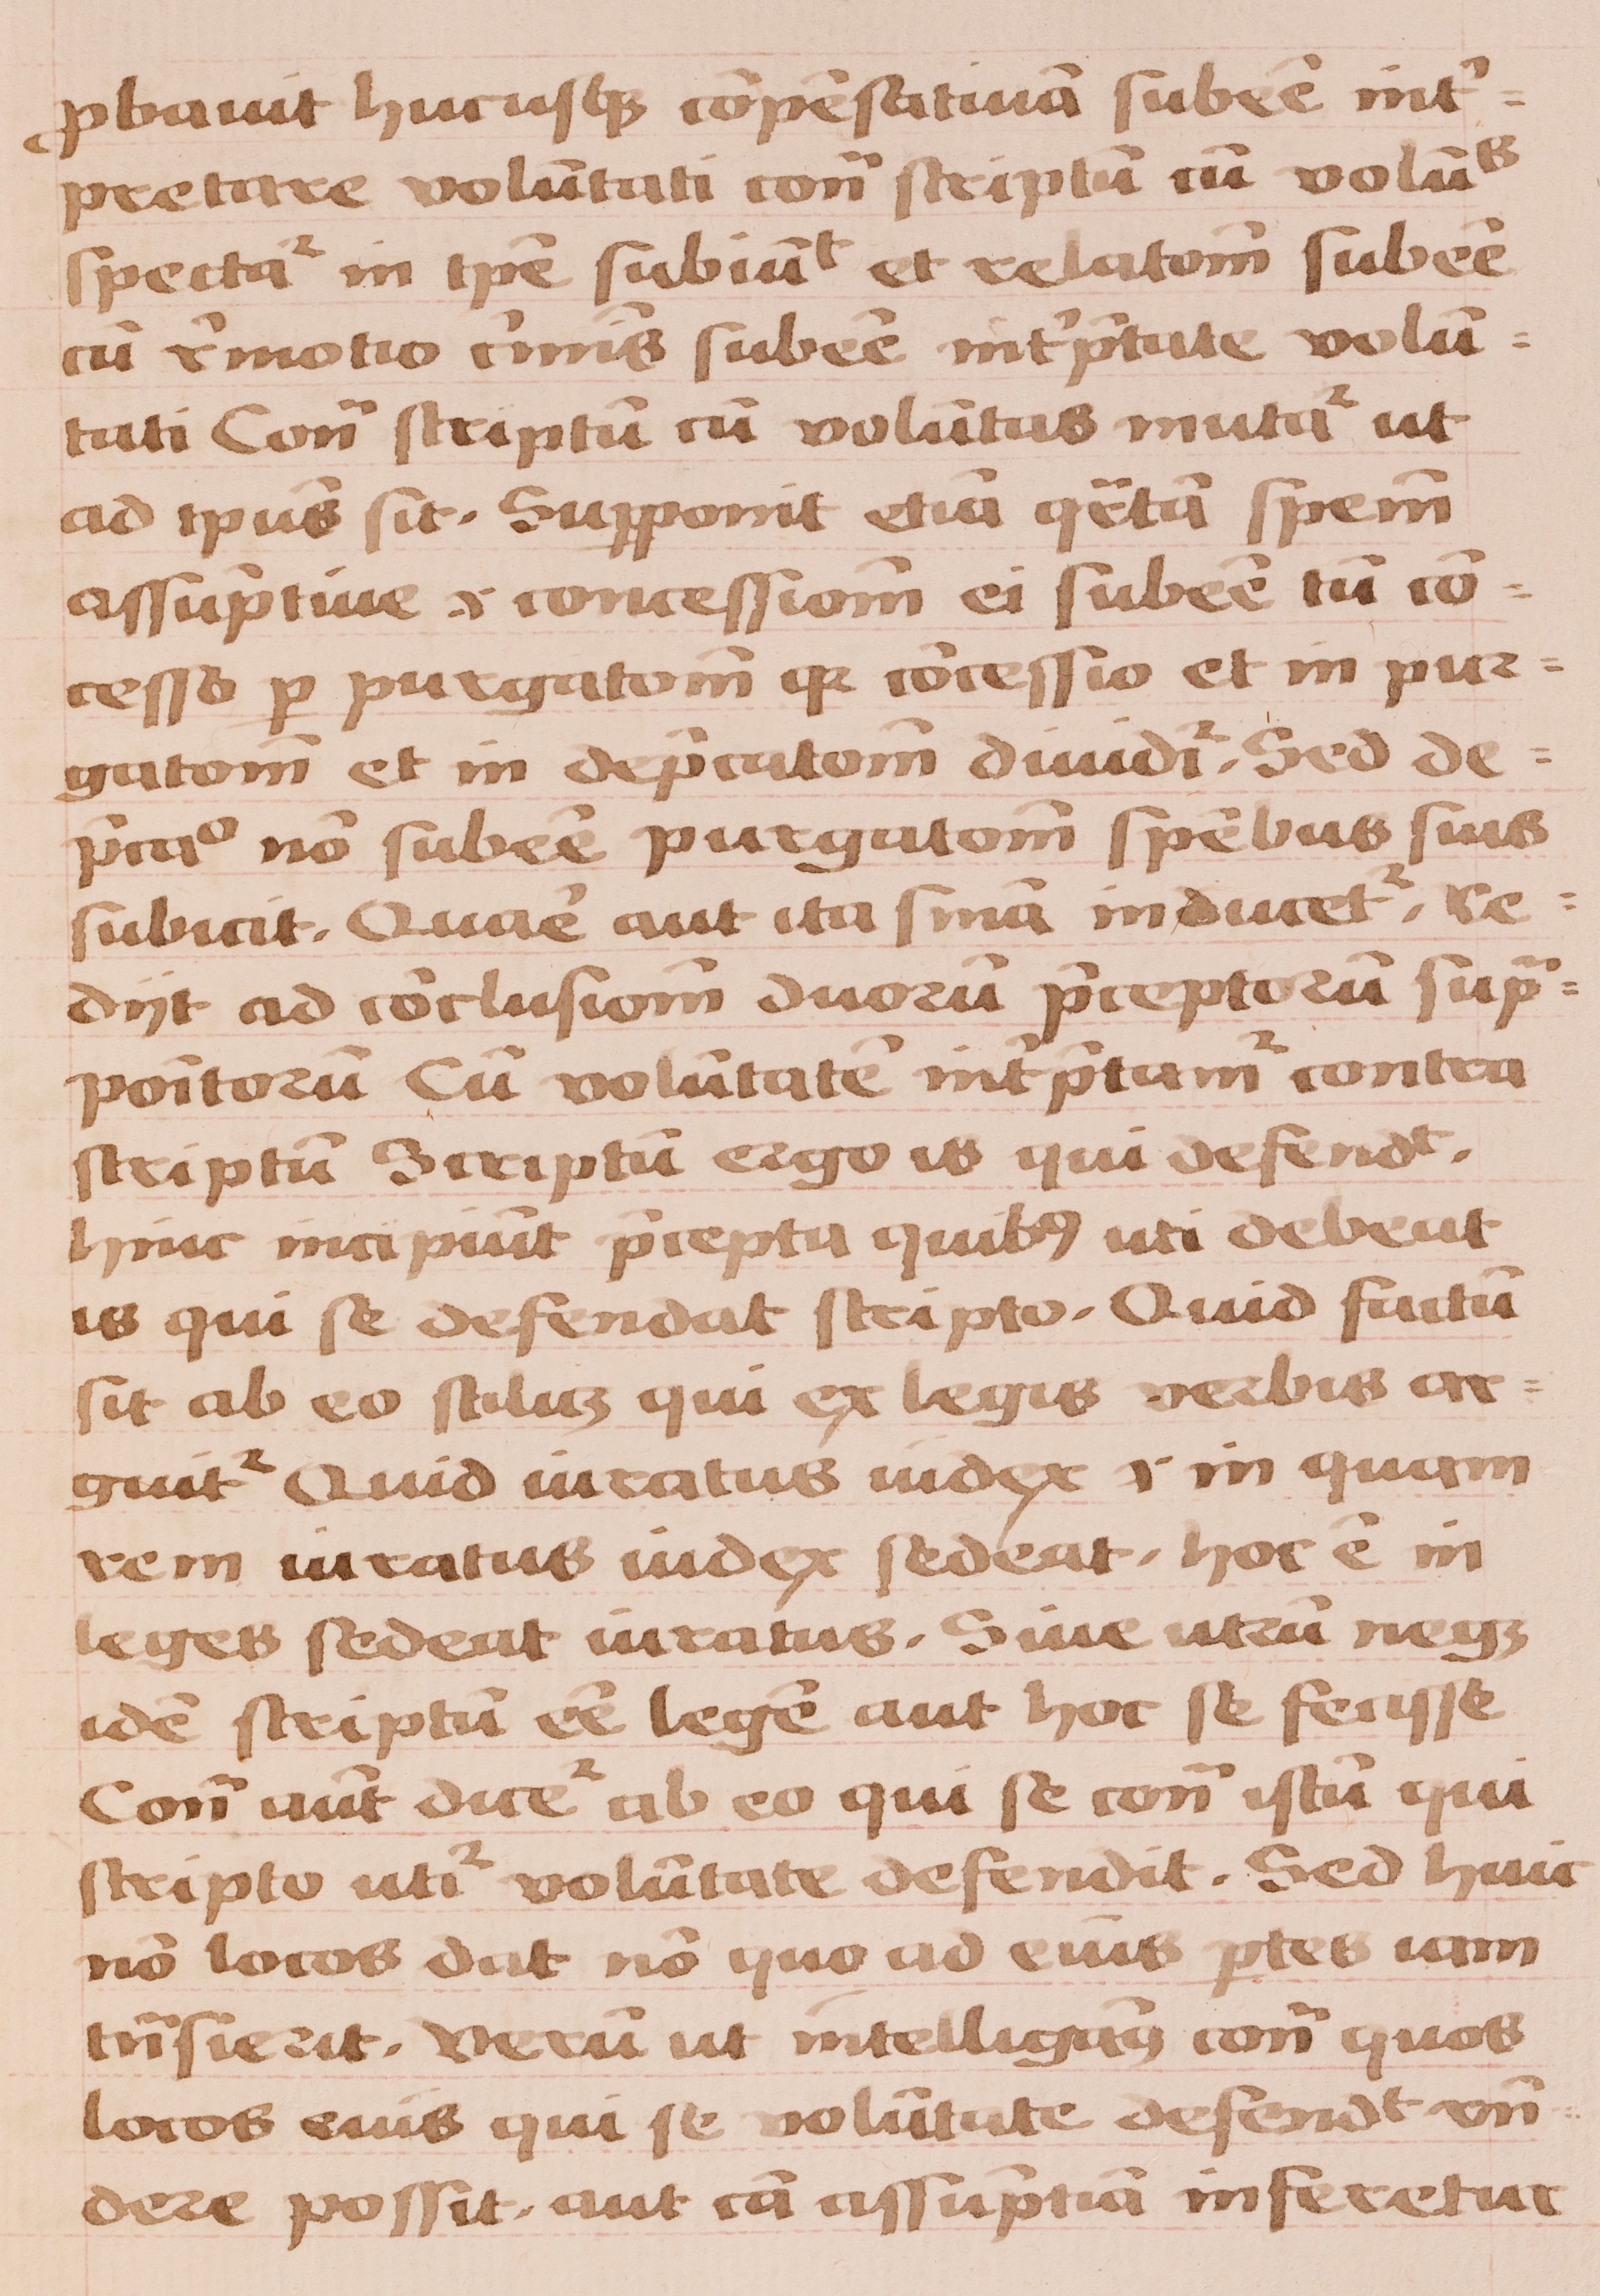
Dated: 1450–1474